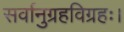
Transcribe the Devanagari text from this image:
सर्वानुग्रहविग्रहः।